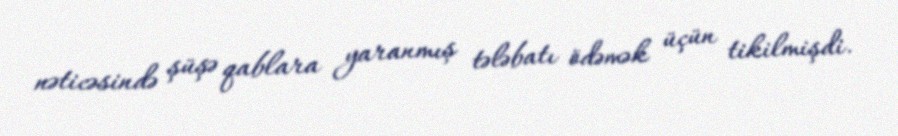
nəticəsində şüşə qablara yaranmış tələbatı ödəmək üçün tikilmişdi.